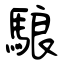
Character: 駺